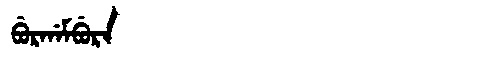
Manchu: ᠪᡠᡵᡤᠠᠮᠪᡠᡵᠠ
Romanization: BURGAMBURA